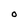
Character: 0